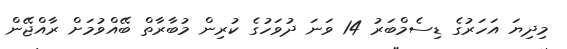
މިދިޔަ އަހަރުގެ ޑިސެމްބަރު 14 ވަނަ ދުވަހުގެ ކުރިން މުބާރާތް ބޭއްވުމަށް ރާއްޖޭން